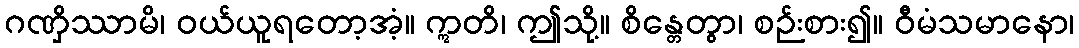
ဂဏှိဿာမိ၊ ဝယ်ယူရတော့အံ့။ ဣတိ၊ ဤသို့။ စိန္တေတွာ၊ စဉ်းစား၍။ ဝီမံသမာနော၊